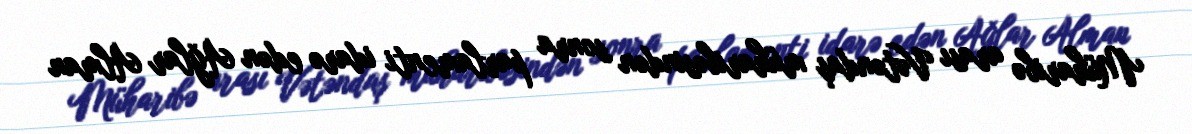
Müharibə arası Vətəndaş müharibəsindən sonra parlamenti idarə edən Ağlar Alman